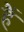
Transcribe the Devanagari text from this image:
हैें